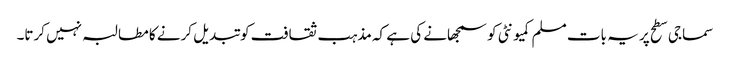
سماجی سطح پر یہ بات مسلم کمیونٹی کو سمجھانے کی ہے کہ مذہب ثقافت کو تبدیل کرنے کا مطالبہ نہیں کرتا۔